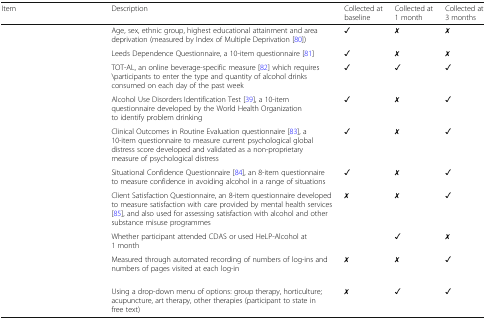
<table><thead><tr><td><b>Item</b></td><td><b>Description</b></td><td><b>Collected at baseline</b></td><td><b>Collected at 1 month</b></td><td><b>Collected at 3 months</b></td></tr></thead><tbody><tr><td>[EMPTY_CELL]</td><td>Age, sex, ethnic group, highest educational attainment and area deprivation (measured by Index of Multiple Deprivation [80])</td><td>✓</td><td>✗</td><td>✗</td></tr><tr><td>[EMPTY_CELL]</td><td>Leeds Dependence Questionnaire, a 10-item questionnaire [81]</td><td>✓</td><td>✗</td><td>✗</td></tr><tr><td>[EMPTY_CELL]</td><td>TOT-AL, an online beverage-specific measure [82] which requires \participants to enter the type and quantity of alcohol drinks consumed on each day of the past week</td><td>✓</td><td>✓</td><td>✓</td></tr><tr><td>[EMPTY_CELL]</td><td>Alcohol Use Disorders Identification Test [39], a 10-item questionnaire developed by the World Health Organization to identify problem drinking</td><td>✓</td><td>✗</td><td>✓</td></tr><tr><td>[EMPTY_CELL]</td><td>Clinical Outcomes in Routine Evaluation questionnaire [83], a 10-item questionnaire to measure current psychological global distress score developed and validated as a non-proprietary measure of psychological distress</td><td>✓</td><td>✗</td><td>✓</td></tr><tr><td>[EMPTY_CELL]</td><td>Situational Confidence Questionnaire [84], an 8-item questionnaire to measure confidence in avoiding alcohol in a range of situations</td><td>✓</td><td>✗</td><td>✓</td></tr><tr><td>[EMPTY_CELL]</td><td>Client Satisfaction Questionnaire, an 8-item questionnaire developed to measure satisfaction with care provided by mental health services [85], and also used for assessing satisfaction with alcohol and other substance misuse programmes</td><td>✗</td><td>✗</td><td>✓</td></tr><tr><td>[EMPTY_CELL]</td><td>Whether participant attended CDAS or used HeLP-Alcohol at 1 month</td><td>[EMPTY_CELL]</td><td>✓</td><td>✗</td></tr><tr><td>[EMPTY_CELL]</td><td>Measured through automated recording of numbers of log-ins and numbers of pages visited at each log-in</td><td>✗</td><td>✗</td><td>✓</td></tr><tr><td>[EMPTY_CELL]</td><td>Using a drop-down menu of options: group therapy, horticulture; acupuncture, art therapy, other therapies (participant to state in free text)</td><td>✗</td><td>✓</td><td>✓</td></tr></tbody></table>